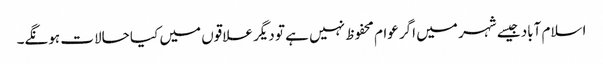
اسلام آباد جیسے شہر میں اگر عوام محفوظ نہیں ہے تو دیگر علاقوں میں کیا حالات ہونگے۔